Report of the Municipal Commissioner on the plague in Bombay for the year ending 31st May... - Volume 3
Disease focus: Plague
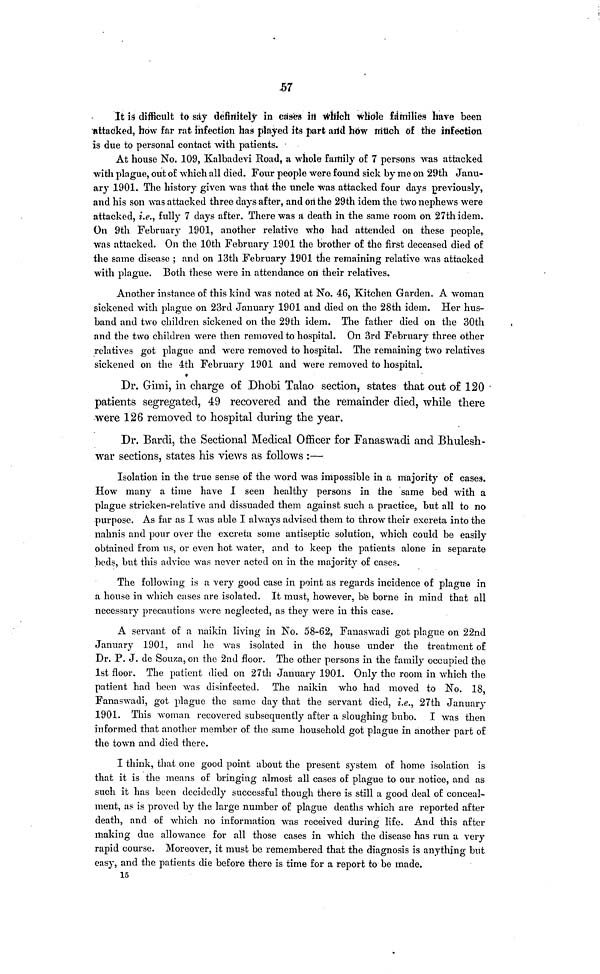
57
It is difficult to say definitely in cases in which whole families have been
attacked, how far rat infection has played its part and how much of the infection
is due to personal contact with patients.
At house No. 109, Kalbadevi Road, a whole family of 7 persons was attacked
with plague, out of which all died. Four people were found sick by me on 29th Janu-
ary 1901. The history given was that the uncle was attacked four days previously,
and his son was attacked three days after, and on the 29th idem the two nephews were
attacked, i.e., fully 7 days after. There was a death in the same room on 27th idem.
On 9th February 1901, another relative who had attended on these people,
was attacked. On the 10th February 1901 the brother of the first deceased died of
the same disease ; and on 13th February 1901 the remaining relative was attacked
with plague. Both these were in attendance on their relatives.
Another instance of this kind was noted at No. 46, Kitchen Garden. A woman
sickened with plague on 23rd January 1901 and died on the 28th idem. Her hus-
band and two children sickened on the 29th idem. The father died on the 30th
and the two children were then removed to hospital. On 3rd February three other
relatives got plague and were removed to hospital. The remaining two relatives
sickened on the 4th February 1901 and were removed to hospital.
Dr. Gimi, in charge of Dhobi Talao section, states that out of 120
patients segregated, 49 recovered and the remainder died, while there
were 126 removed to hospital during the year.
Dr. Bardi, the Sectional Medical Officer for Fanaswadi and Bhulesh-
war sections, states his views as follows :—
Isolation in the true sense of the word was impossible in a majority of cases.
How many a time have I seen healthy persons in the same bed with a
plague stricken-relative and dissuaded them against such a practice, but all to no
purpose. As far as I was able I always advised them to throw their excreta into the
nahnis and pour over the excreta some antiseptic solution, which could be easily
obtained from us, or even hot water, and to keep the patients alone in separate
beds, but this advice was never acted on in the majority of cases.
The following is a very good case in point as regards incidence of plague in
a house in which cases are isolated. It must, however, be borne in mind that all
necessary precautions were neglected, as they were in this case.
A servant of a naikin living in No. 58-62, Fanaswadi got plague on 22nd
January 1901, and he was isolated in the house under the treatment of
Dr. P. J. de Souza, on the 2nd floor. The other persons in the family occupied the
1st floor. The patient died on 27th January 1901. Only the room in which the
patient had been was disinfected. The naikin who had moved to No. 18,
Fanaswadi, got plague the same day that the servant died, i.e., 27th January
1901. This woman recovered subsequently after a sloughing bubo. I was then
informed that another member of the same household got plague in another part of
the town and died there.
I think, that one good point about the present system of home isolation is
that it is the means of bringing almost all cases of plague to our notice, and as
such it has been decidedly successful though there is still a good deal of conceal-
ment, as is proved by the large number of plague deaths which are reported after
death, and of which no information was received during life. And this after
making due allowance for all those cases in which the disease has run a very
rapid course. Moreover, it must be remembered that the diagnosis is anything but
easy, and the patients die before there is time for a report to be made.
15